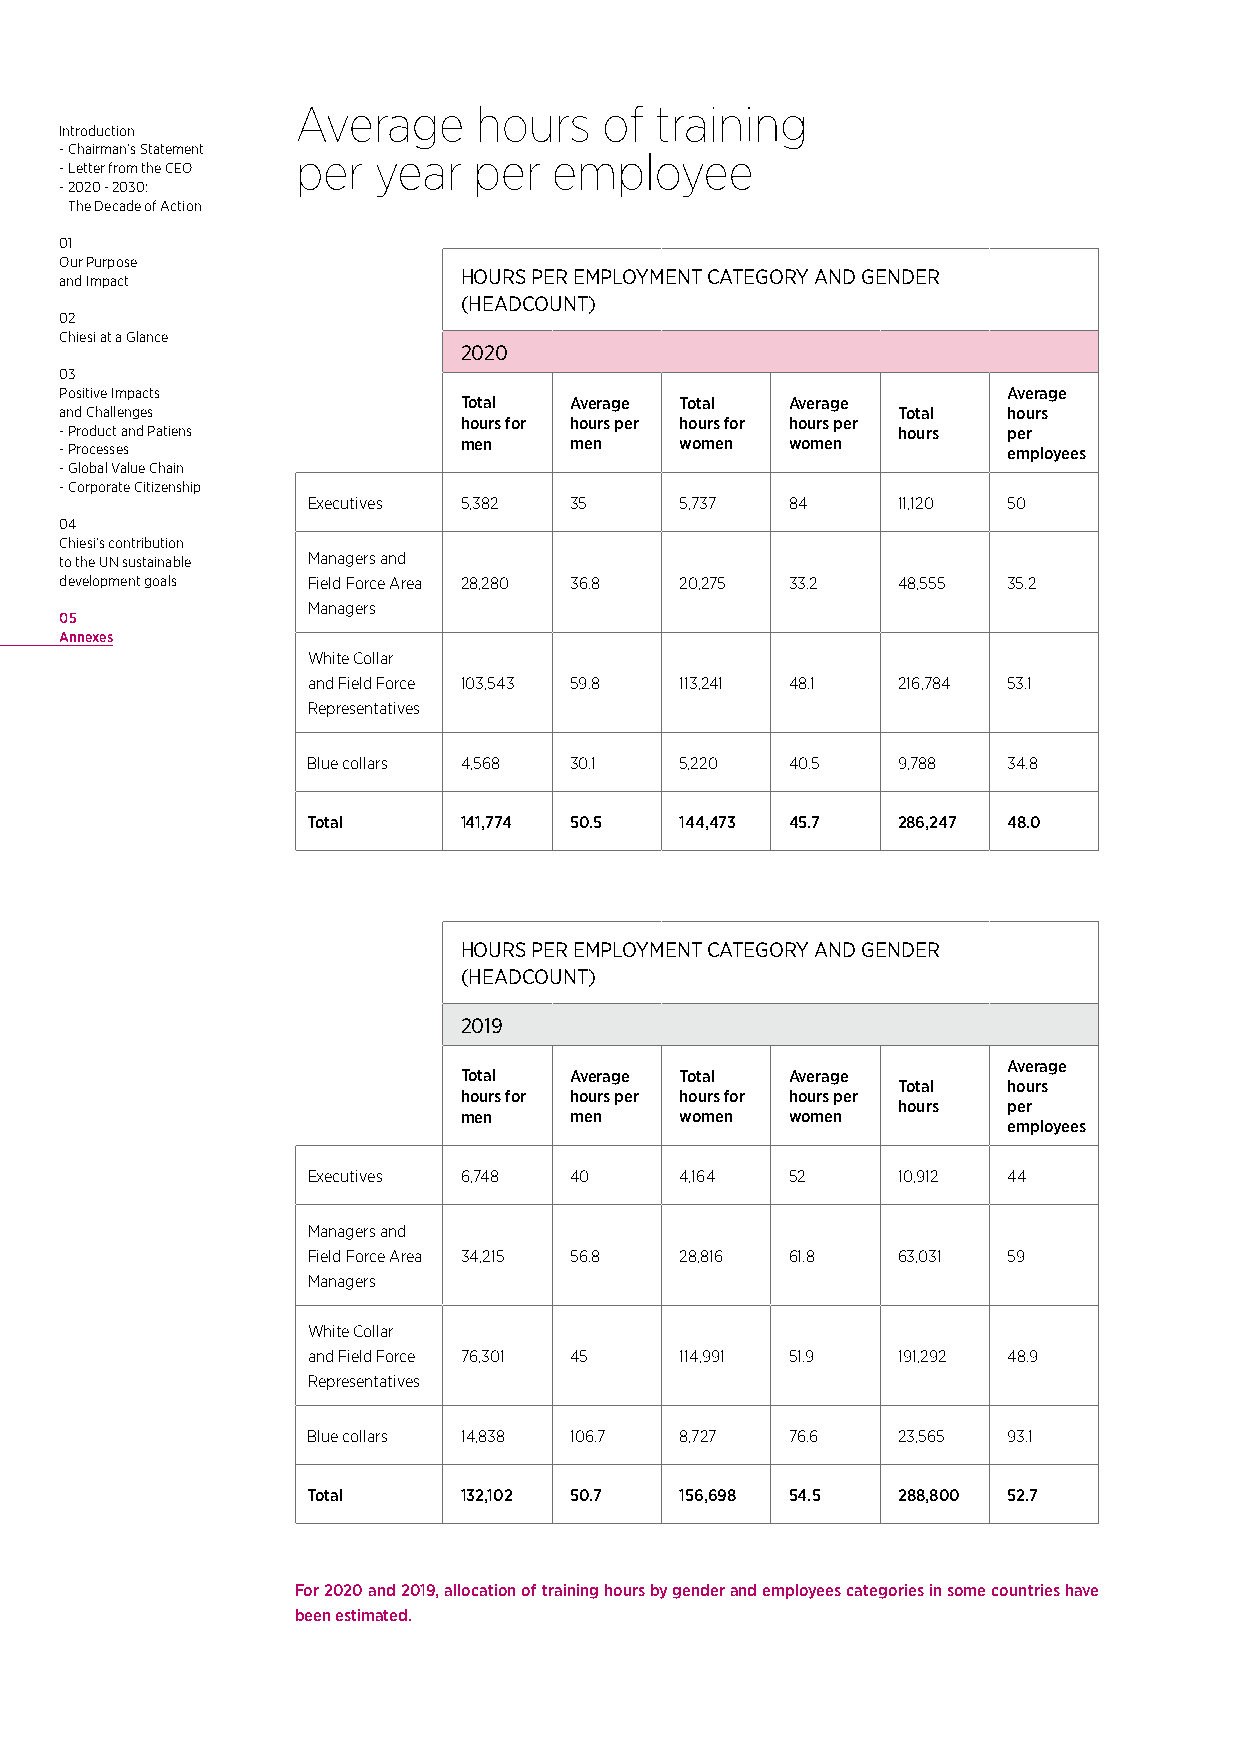
Average    hours    of training
 Introduction
 - Chairman’s Statement
 per  year  per   employee
 - Letter from the CEO
 - 2020 - 2030:
 The Decade of Action
 01
 Our Purpose
 and Impact                HOURS PER EMPLOYMENT CATEGORY AND GENDER
 (HEADCOUNT)
 02
 Chiesi at a Glance
 2020
 03
 Positive Impacts                                               Average
 Total   Average Total Average
 and Challenges                                         Total   hours
 hours for hours per hours for hours per
 - Product and Patiens                                  hours   per
 - Processes               men     men    women  women          employees
 - Global Value Chain
 - Corporate Citizenship
 Executives 5,382  35     5,737  84     11,120  50
 04
 Chiesi’s contribution
 to the UN sustainable Managers and
 development goals Field Force Area 28,280 36.8 20,275 33.2 48,555 35.2
 Managers
 05
 Annexes
 White Collar
 and Field Force 103,543 59.8 113,241 48.1 216,784 53.1
 Representatives
 Blue collars 4,568 30.1  5,220  40.5   9,788   34.8
 Total     141,774 50.5   144,473 45.7  286,247 48.0
 HOURS PER EMPLOYMENT CATEGORY AND GENDER
 (HEADCOUNT)
 2019
 Average
 Total   Average Total Average
 Total   hours
 hours for hours per hours for hours per
 hours   per
 men     men    women  women
 employees
 Executives 6,748  40     4,164  52     10,912  44
 Managers and
 Field Force Area 34,215 56.8 28,816 61.8 63,031 59
 Managers
 White Collar
 and Field Force 76,301 45 114,991 51.9 191,292 48.9
 Representatives
 Blue collars 14,838 106.7 8,727 76.6   23,565  93.1
 Total     132,102 50.7   156,698 54.5  288,800 52.7
 For 2020 and 2019, allocation of training hours by gender and employees categories in some countries have
 been estimated.